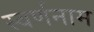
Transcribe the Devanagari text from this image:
स्वर्णनाम